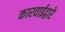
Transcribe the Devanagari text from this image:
कारवाईद्वारे